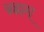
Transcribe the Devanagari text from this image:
ब्रह्मम्